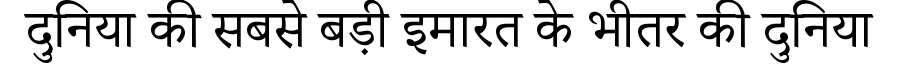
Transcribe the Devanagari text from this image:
दुनिया की सबसे बड़ी इमारत के भीतर की दुनिया